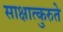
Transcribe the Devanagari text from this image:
साक्षात्कुरुते